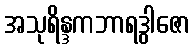
အသုရိန္ဒကဘာရဒွါဇော